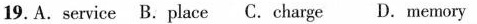
19. A.service B.place C.charge D.memory